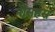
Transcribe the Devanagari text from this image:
नौसहस्र